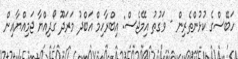
ހަބޭސްގެ ކުޅުންތެރިން - ވަގުތު އިމޭޖެސް: އިބްރާހިމް އަބްދު މަރަދޫ ގޯދިއްޔާ ޖަމިއްޔާއިން